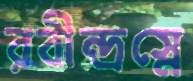
রবীন্দ্রস্নে